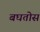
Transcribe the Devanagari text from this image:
बघतोस